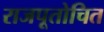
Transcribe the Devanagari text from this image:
राजपूतोचित